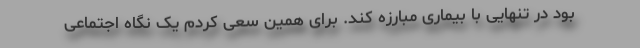
بود در تنهایی با بیماری مبارزه کند. برای همین سعی کردم یک نگاه اجتماعی